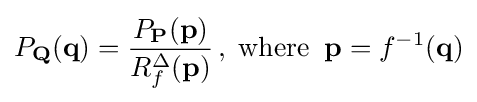
P_{\mathbf {Q} }(\mathbf {q} )={\frac {P_{\mathbf {P} }(\mathbf {p} )}{R_{f}^{\Delta }(\mathbf {p} )}}\,,\;{\text{where}}\;\;\mathbf {p} =f^{-1}(\mathbf {q} )